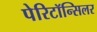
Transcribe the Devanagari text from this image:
पेरिटॉन्सिलर